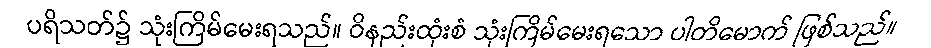
ပရိသတ်၌ သုံးကြိမ်မေးရသည်။ ဝိနည်းထုံးစံ သုံးကြိမ်မေးရသော ပါတိမောက် ဖြစ်သည်။